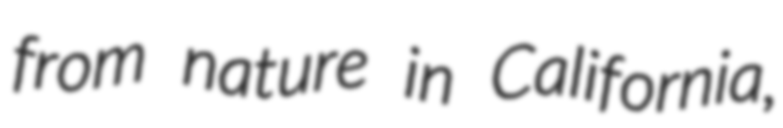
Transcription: from nature in California,